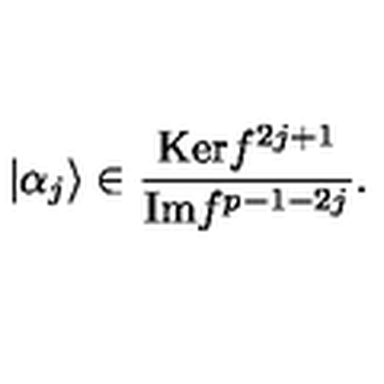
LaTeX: \vert \alpha _ { j } \rangle \in \frac { \mathrm { K e r } f ^ { 2 j + 1 } } { \mathrm { I m } f ^ { p - 1 - 2 j } } .